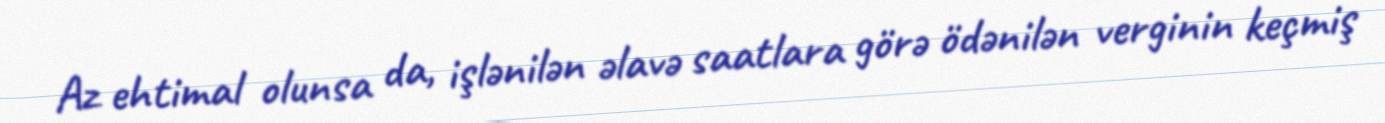
Az ehtimal olunsa da, işlənilən əlavə saatlara görə ödənilən verginin keçmiş